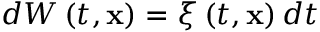
d W \left( t , \mathbf { x } \right) = \xi \left( t , \mathbf { x } \right) d t